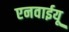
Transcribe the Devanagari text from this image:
एनवाईयू